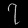
Digit: ၇